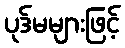
ပုဒ်မများဖြင့်